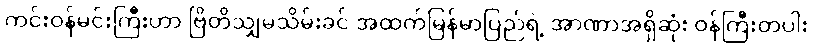
ကင်းဝန်မင်းကြီးဟာ ဗြိတိသျှမသိမ်းခင် အထက်မြန်မာပြည်ရဲ့ အာဏာအရှိဆုံး ဝန်ကြီးတပါး